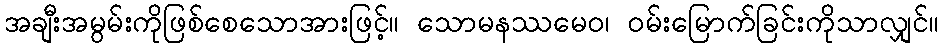
အချီးအမွမ်းကိုဖြစ်စေသောအားဖြင့်။ သောမနဿမေဝ၊ ဝမ်းမြောက်ခြင်းကိုသာလျှင်။